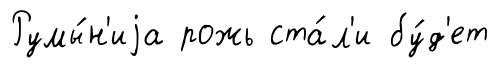
Румы́н'иjа рожь ста́л'и бу́д'ет